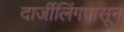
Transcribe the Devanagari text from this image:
दार्जीलिंगपासून